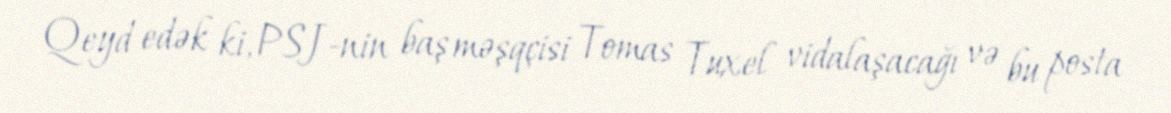
Qeyd edək ki, PSJ-nin baş məşqçisi Tomas Tuxel vidalaşacağı və bu posta